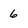
Character: 6